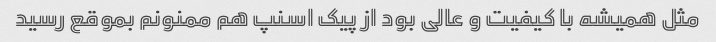
مثل همیشه با کیفیت و عالی بود از پیک اسنپ هم ممنونم بموقع رسید